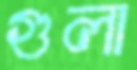
গুলা